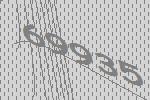
69935